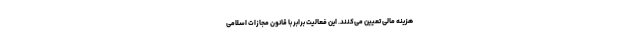
هزینه مالی تعیین می‌کنند. این فعالیت برابر با قانون مجازات اسلامی